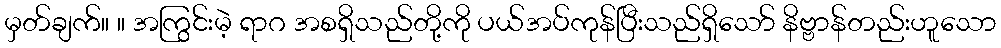
မှတ်ချက်။ ။ အကြွင်းမဲ့ ရာဂ အစရှိသည်တို့ကို ပယ်အပ်ကုန်ပြီးသည်ရှိသော် နိဗ္ဗာန်တည်းဟူသော